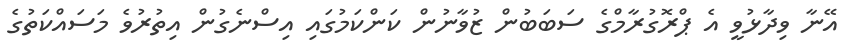
އޭނާ ވިދާޅުވީ އެ ޕްރޮގުރާމްގެ ސަބަބުން ޒުވާނުން ކަންކަމުގައި އިސްނެގުން އިތުރުވެ މަސައްކަތުގެ